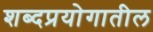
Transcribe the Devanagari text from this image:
शब्दप्रयोगातील